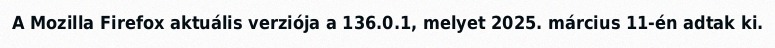
A Mozilla Firefox aktuális verziója a 136.0.1, melyet 2025. március 11-én adtak ki.